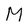
Character: M